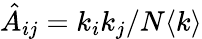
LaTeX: \hat{A}_{ij}=k_{i}k_{j}/N\langle k\rangle